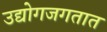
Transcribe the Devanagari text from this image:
उद्योगजगतात